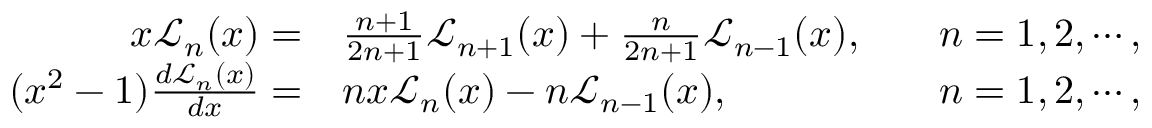
\begin{array} { r l r } { x \mathcal { L } _ { n } ( x ) = } & { \frac { n + 1 } { 2 n + 1 } \mathcal { L } _ { n + 1 } ( x ) + \frac { n } { 2 n + 1 } \mathcal { L } _ { n - 1 } ( x ) , } & { \quad n = 1 , 2 , \cdots , } \\ { ( x ^ { 2 } - 1 ) \frac { d \mathcal { L } _ { n } ( x ) } { d x } = } & { n x \mathcal { L } _ { n } ( x ) - n \mathcal { L } _ { n - 1 } ( x ) , } & { \quad n = 1 , 2 , \cdots , } \end{array}